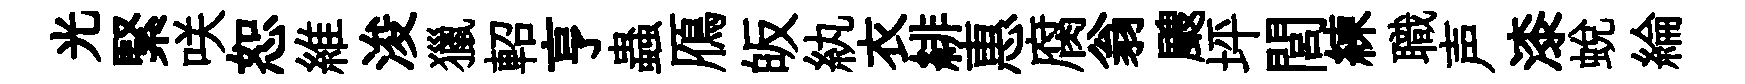
光緊咲恕維浚獵軺亨蟲鴈皈紈衣緋惠腐翁颼坪閭練職声漆蛻綸